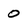
Character: 0